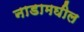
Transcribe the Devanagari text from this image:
नाडामघील